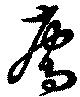
廌